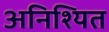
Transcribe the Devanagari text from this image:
अनिश्यित